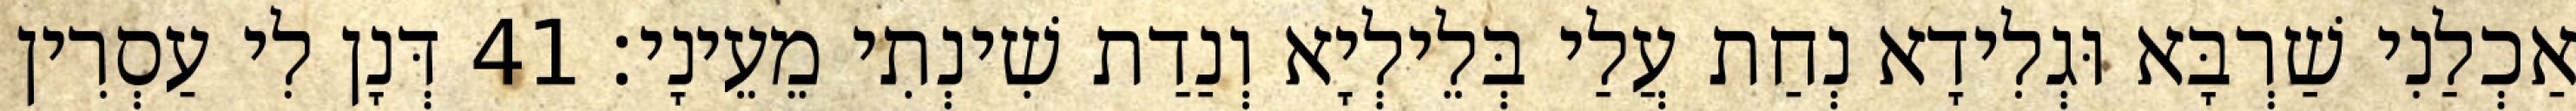
אַכְלַנִי שַׁרְבָּא וּגְלִידָא נְחַת עֲלַי בְּלֵילְיָא וְנַדַת שִׁינְתִי מֵעֵינָי׃ 41 דְּנָן לִי עַסְרִין